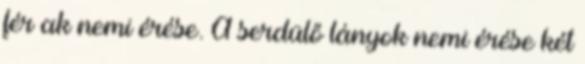
férﬁak nemi érése. A serdülő lányok nemi érése két